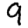
Digit: 9